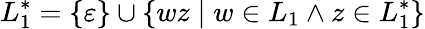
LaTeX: L_{1}^{*}=\{ \varepsilon\} \cup\{ wz\mid w\in L_{1}\land z\in L_{1}^{*}\}